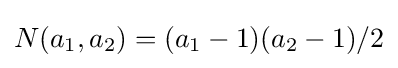
N(a_{1},a_{2})=(a_{1}-1)(a_{2}-1)/2